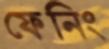
ফেনিং